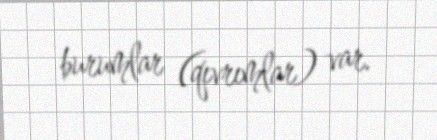
burumlar (qıvrımlar) var.